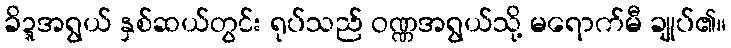
ခိဍ္ဍအရွယ် နှစ်ဆယ်တွင်း ရုပ်သည် ဝဏ္ဏအရွယ်သို့ မရောက်မီ ချုပ်၏။